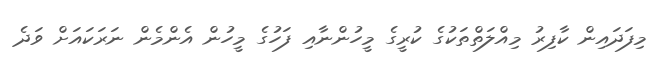
މިފަދައިން ކާފިރު މިއްލަތްތަކުގެ ކުރީގެ މީހުންނާއި ފަހުގެ މީހުން އެންމެން ނަރަކައަށް ވަދެ